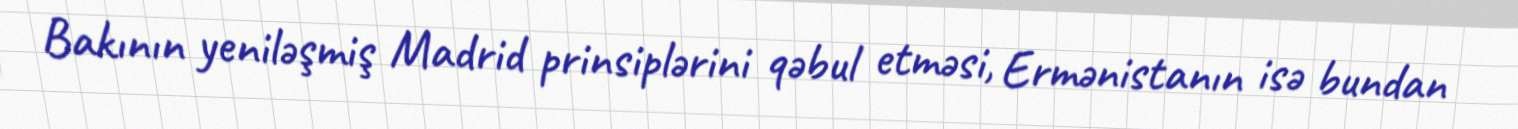
Bakının yeniləşmiş Madrid prinsiplərini qəbul etməsi, Ermənistanın isə bundan